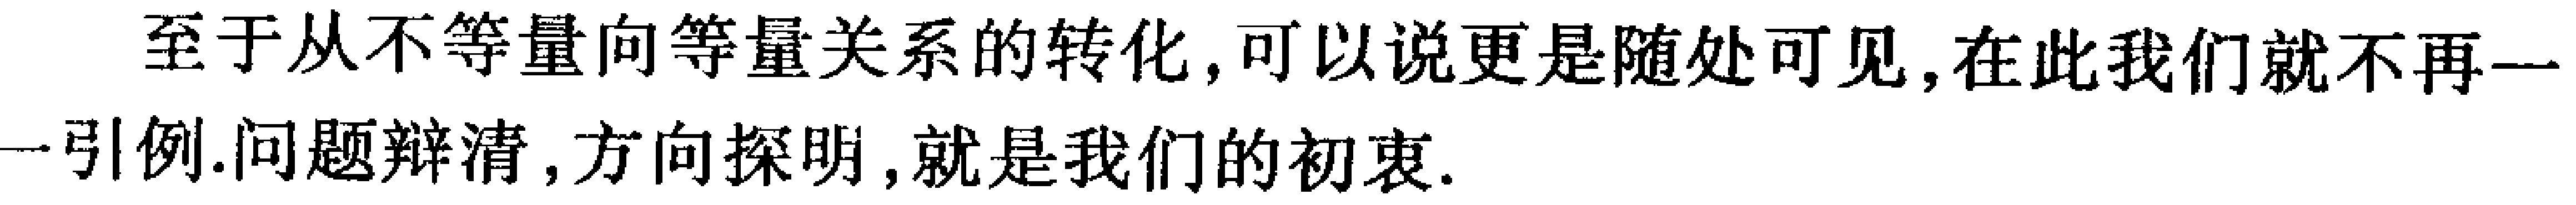
至于从不等量向等量关系的转化，可以说更是随处可见,在此我们就不再一一引例.问题辩清,方向探明,就是我们的初衷.